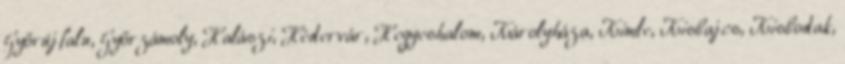
Győrújfalu, Győrzámoly, Halászi, Hédervár, Hegyeshalom, Károlyháza, Kimle, Kisbajcs, Kisbodak,